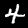
Label: 4